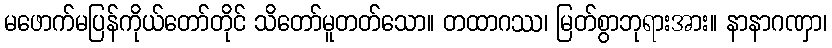
မဖောက်မပြန်ကိုယ်တော်တိုင် သိတော်မူတတ်သော။ တထာဂဿ၊ မြတ်စွာဘုရားအား။ နာနာဂဏှာ၊